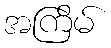
အကြိမ်